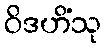
ဝိဒဟိံသု